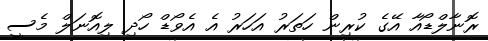
ރޮނާލްޑޯއާ އޭގެ ކުރިން ހަތަރު އަހަރު އެ އެވޯޑް ހޯދި ލިއޮނަލް މެސީ